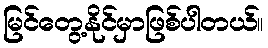
မြင်တွေ့နိုင်မှာဖြစ်ပါတယ်။